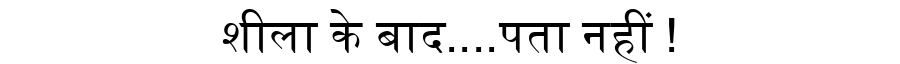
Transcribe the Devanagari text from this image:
शीला के बाद....पता नहीं !